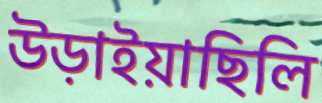
উড়াইয়াছিলি